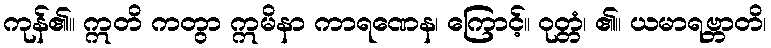
ကုန်၏။ ဣတိ ကတွာ ဣမိနာ ကာရဏေန၊ ကြောင့်။ ဝုတ္တံ၊ ၏။ ယမာရဗ္ဘာတိ၊